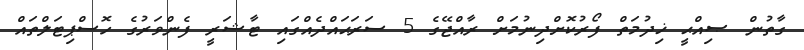
ގާތުން ޞިއްޙީ ޚިދުމަތް ފޯރުކޮށްދިނުމަށް ރާއްޖޭގެ 5 ސަރަޙައްދެއްގައި ޓާޝަރީ ފެންވަރުގެ ހޮސްޕިޓަލްތައް